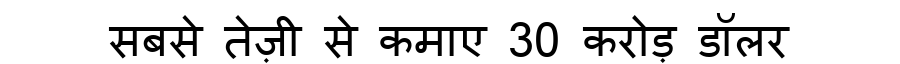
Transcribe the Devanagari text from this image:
सबसे तेज़ी से कमाए 30 करोड़ डॉलर